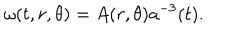
LaTeX: \omega ( t , r , \theta ) = A ( r , \theta ) a ^ { - 3 } ( t ) .